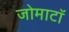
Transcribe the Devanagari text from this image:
जोमाटॉ